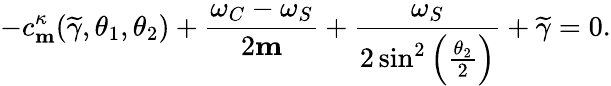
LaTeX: -c_{\mathbf{m}}^{\kappa}(\widetilde{\gamma},\theta_{1},\theta_{2})+\frac{\omega_{C}-\omega_{S}}{2\mathbf{m}}+\frac{\omega_{S}}{2\sin^{2}\left(\frac{\theta_{2}}{2}\right)}+\widetilde{\gamma}=0.